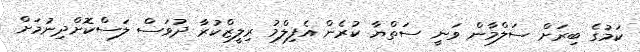
ކަމުގެ ބިރަށް ސަލްމާން ވަނީ ސަތްޔާ ކުރެން އެފިލްމު ރިލީޒްކުރާ ދުވަސް ލަސްކޮށްދިނުމަށް